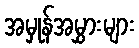
အမှုန်အမွှားများ